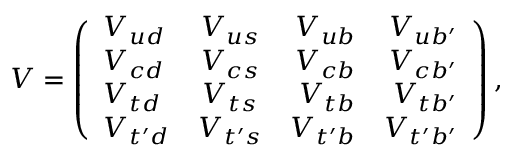
V = \left( \begin{array} { l c r r } { { V _ { u d } } } & { { V _ { u s } } } & { { V _ { u b } } } & { { V _ { u b ^ { \prime } } } } \\ { { V _ { c d } } } & { { V _ { c s } } } & { { V _ { c b } } } & { { V _ { c b ^ { \prime } } } } \\ { { V _ { t d } } } & { { V _ { t s } } } & { { V _ { t b } } } & { { V _ { t b ^ { \prime } } } } \\ { { V _ { t ^ { \prime } d } } } & { { V _ { t ^ { \prime } s } } } & { { V _ { t ^ { \prime } b } } } & { { V _ { t ^ { \prime } b ^ { \prime } } } } \end{array} \right) ,